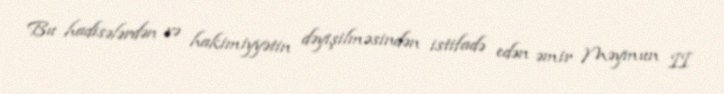
Bu hadisələrdən və hakimiyyətin dəyişilməsindən istifadə edən əmir Məymun II